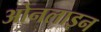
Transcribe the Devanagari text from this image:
ओनलाइन